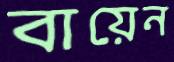
বায়েন